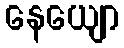
နေယျော